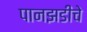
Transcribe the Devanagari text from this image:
पानझडीचे